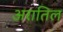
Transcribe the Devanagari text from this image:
अरातिल